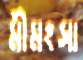
মীমংসা